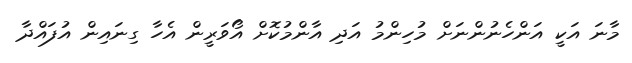
މާނަ އަކީ އަންހެނުންނަށް މުހިންމު އަދި އާންމުކޮށް އޯވަރީން އެހާ ގިނައިން އުފައްދާ